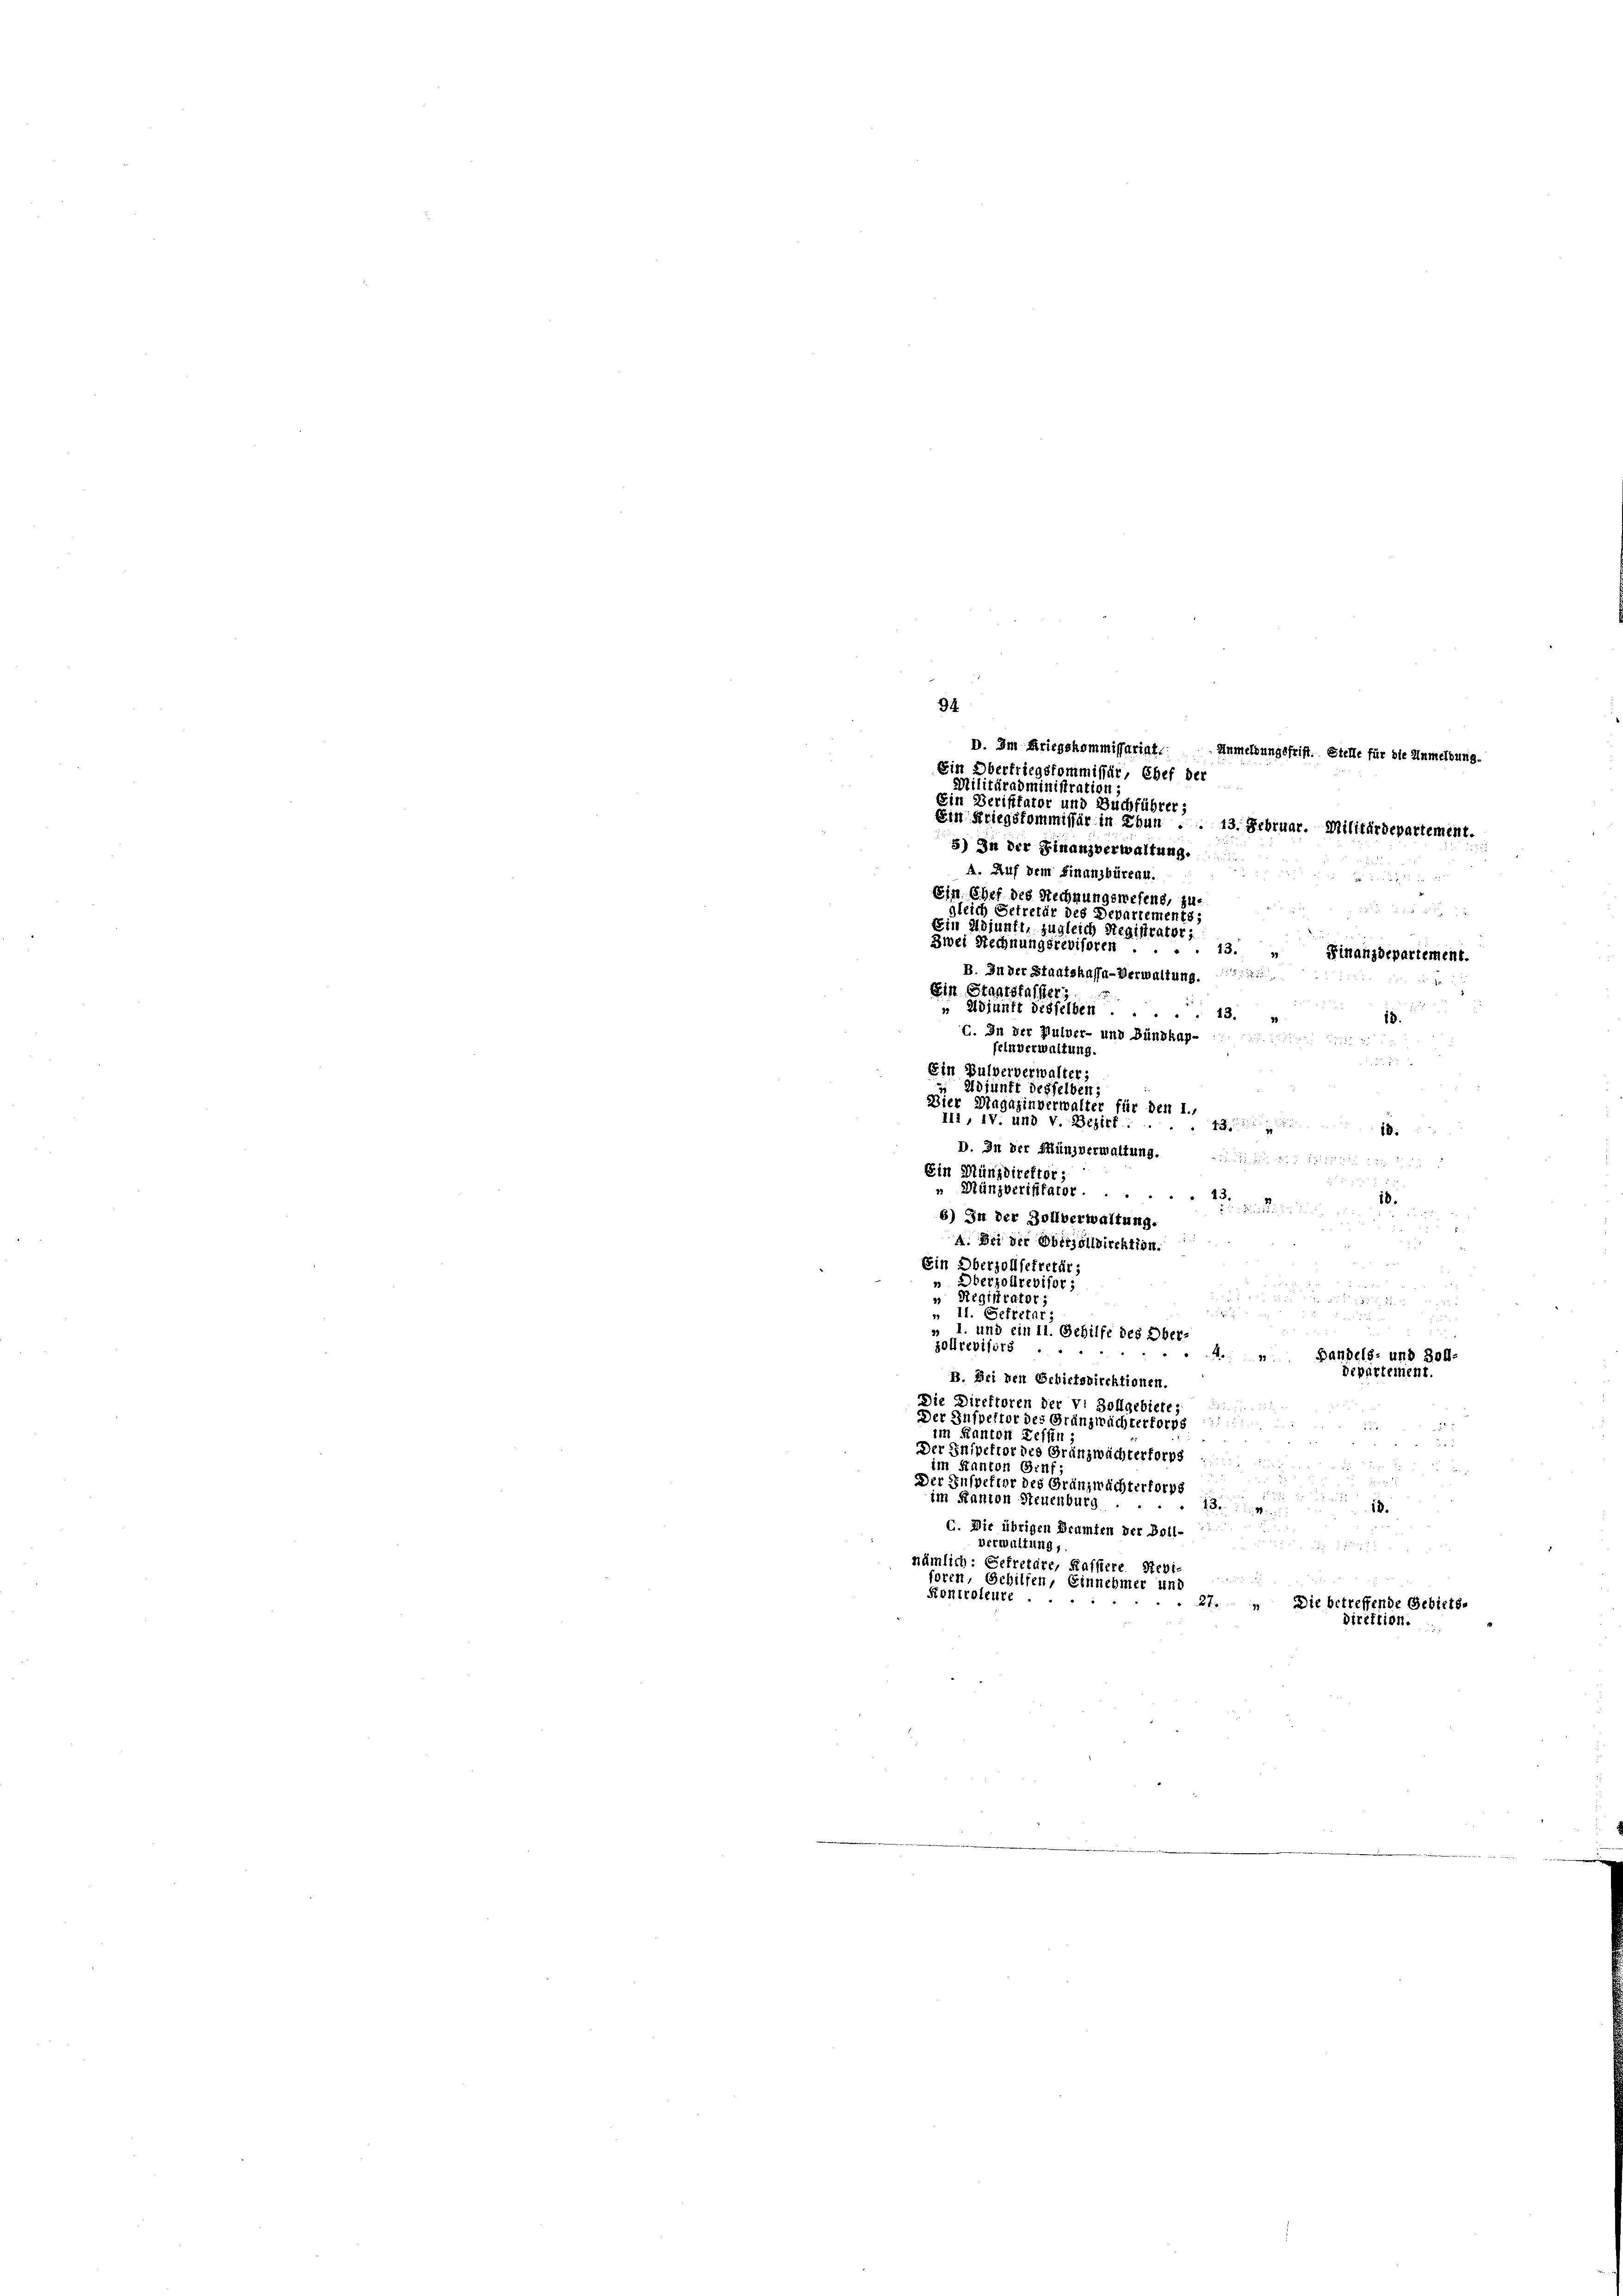
94.
D. Im Kriegskommissariat. Anmeldungsfrist. Stelle für die Anmeldung.
Ein Obertriegskommissär, Chef der
Militäradministration;
Ein Derifftator und Buchführer;

Ein Kriegskommissär in Thun . . 13. Februar. Militärdepartement.
5) In der Finanzverwaltung.
A. Auf dem Finanzbüreau.
2 f 0 x
Ein Chef des Rechnungswesens, zu-

leich Getretär des Departements;
Ein Adjunft, zugleich Registrator,
Zwei Rechnungsrevisoren.
13.
Finanzdepartement.
B. In der Staatskassa-Verwaltung.
2
Ein Staatsfasser
 Adjunft disselben 13.
G. In der Pulver- und Bündkap-
feln verwaltung.
Ein Bulververwalter:
 Adjunft desselben;
Bier Magazinverwalter für den 1.,
111, IV. und V. Bezirf:
t
f.
8.
D. In der Münzverwaltung.
Ein Münzdirektor;
" Münzveriffarer. .
43.
10.
2
6) In der Zollverwaltung
d
4. Bei der Oberzolldirektion.
Ein Oberzollsekretär,
Oberzolrevisor,
Registrator

II. Sekretar

l. und ein 11. Gehilfe des Ober
zollrevifers
4. Bandels- und Soll-
departement.
B. Bei den Gebietsdirektionen.
Die Direktoren der Vi Zollgebiete,
Der Inspektor des Gränzwächterfors
im Kanton Keffen;
Der Inspektor des Gränzwächterforps
im Kanton Binf;
Der Inspefier des Gränzwächterfors
im Kanton Steuenburg
1
18.
G. Die übrigen Brumten der Boll-
verwaltung,

nämlich: Gefretäre, Raffiere Revi

foren, Gehilfen, Einnehmer und
Kontroleure ..
27
Die betreffende Gebiets-
direktion.

13